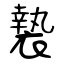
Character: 褺